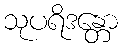
သုပရိဒန္တော